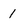
Character: 1